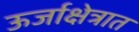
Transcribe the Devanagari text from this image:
ऊर्जाक्षेत्रात